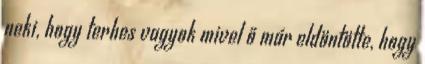
neki, hogy terhes vagyok mivel ő már eldöntötte, hogy